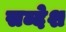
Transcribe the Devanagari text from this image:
सब्देश